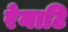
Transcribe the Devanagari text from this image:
रेनाटि